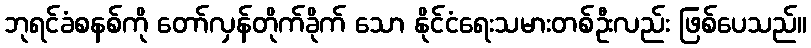
ဘုရင်ခံစနစ်ကို တော်လှန်တိုက်ခိုက် သော နိုင်ငံရေးသမားတစ်ဦးလည်း ဖြစ်ပေသည်။